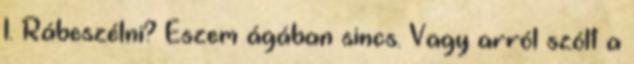
1. Rábeszélni? Eszem ágában sincs. Vagy arról szólt a